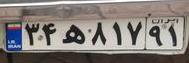
۳۴ه۸۱۷۹۱